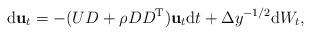
LaTeX: \begin{align*}{\rm d}{\bf u}_t = -(U D + \rho D D^{\rm T}){\bf u}_t{\rm d}t + \Delta y^{-1/2} {\rm d}W_t,\end{align*}